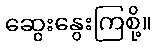
ဆွေးနွေးကြစို့။